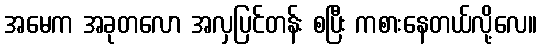
အမေက အခုတလော အလှပြင်တန်း စပြီး ကစားနေတယ်လို့လေ။